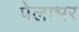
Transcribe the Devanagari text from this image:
पेलाभर